Angerja_oigeusu_kogudus, lk 25
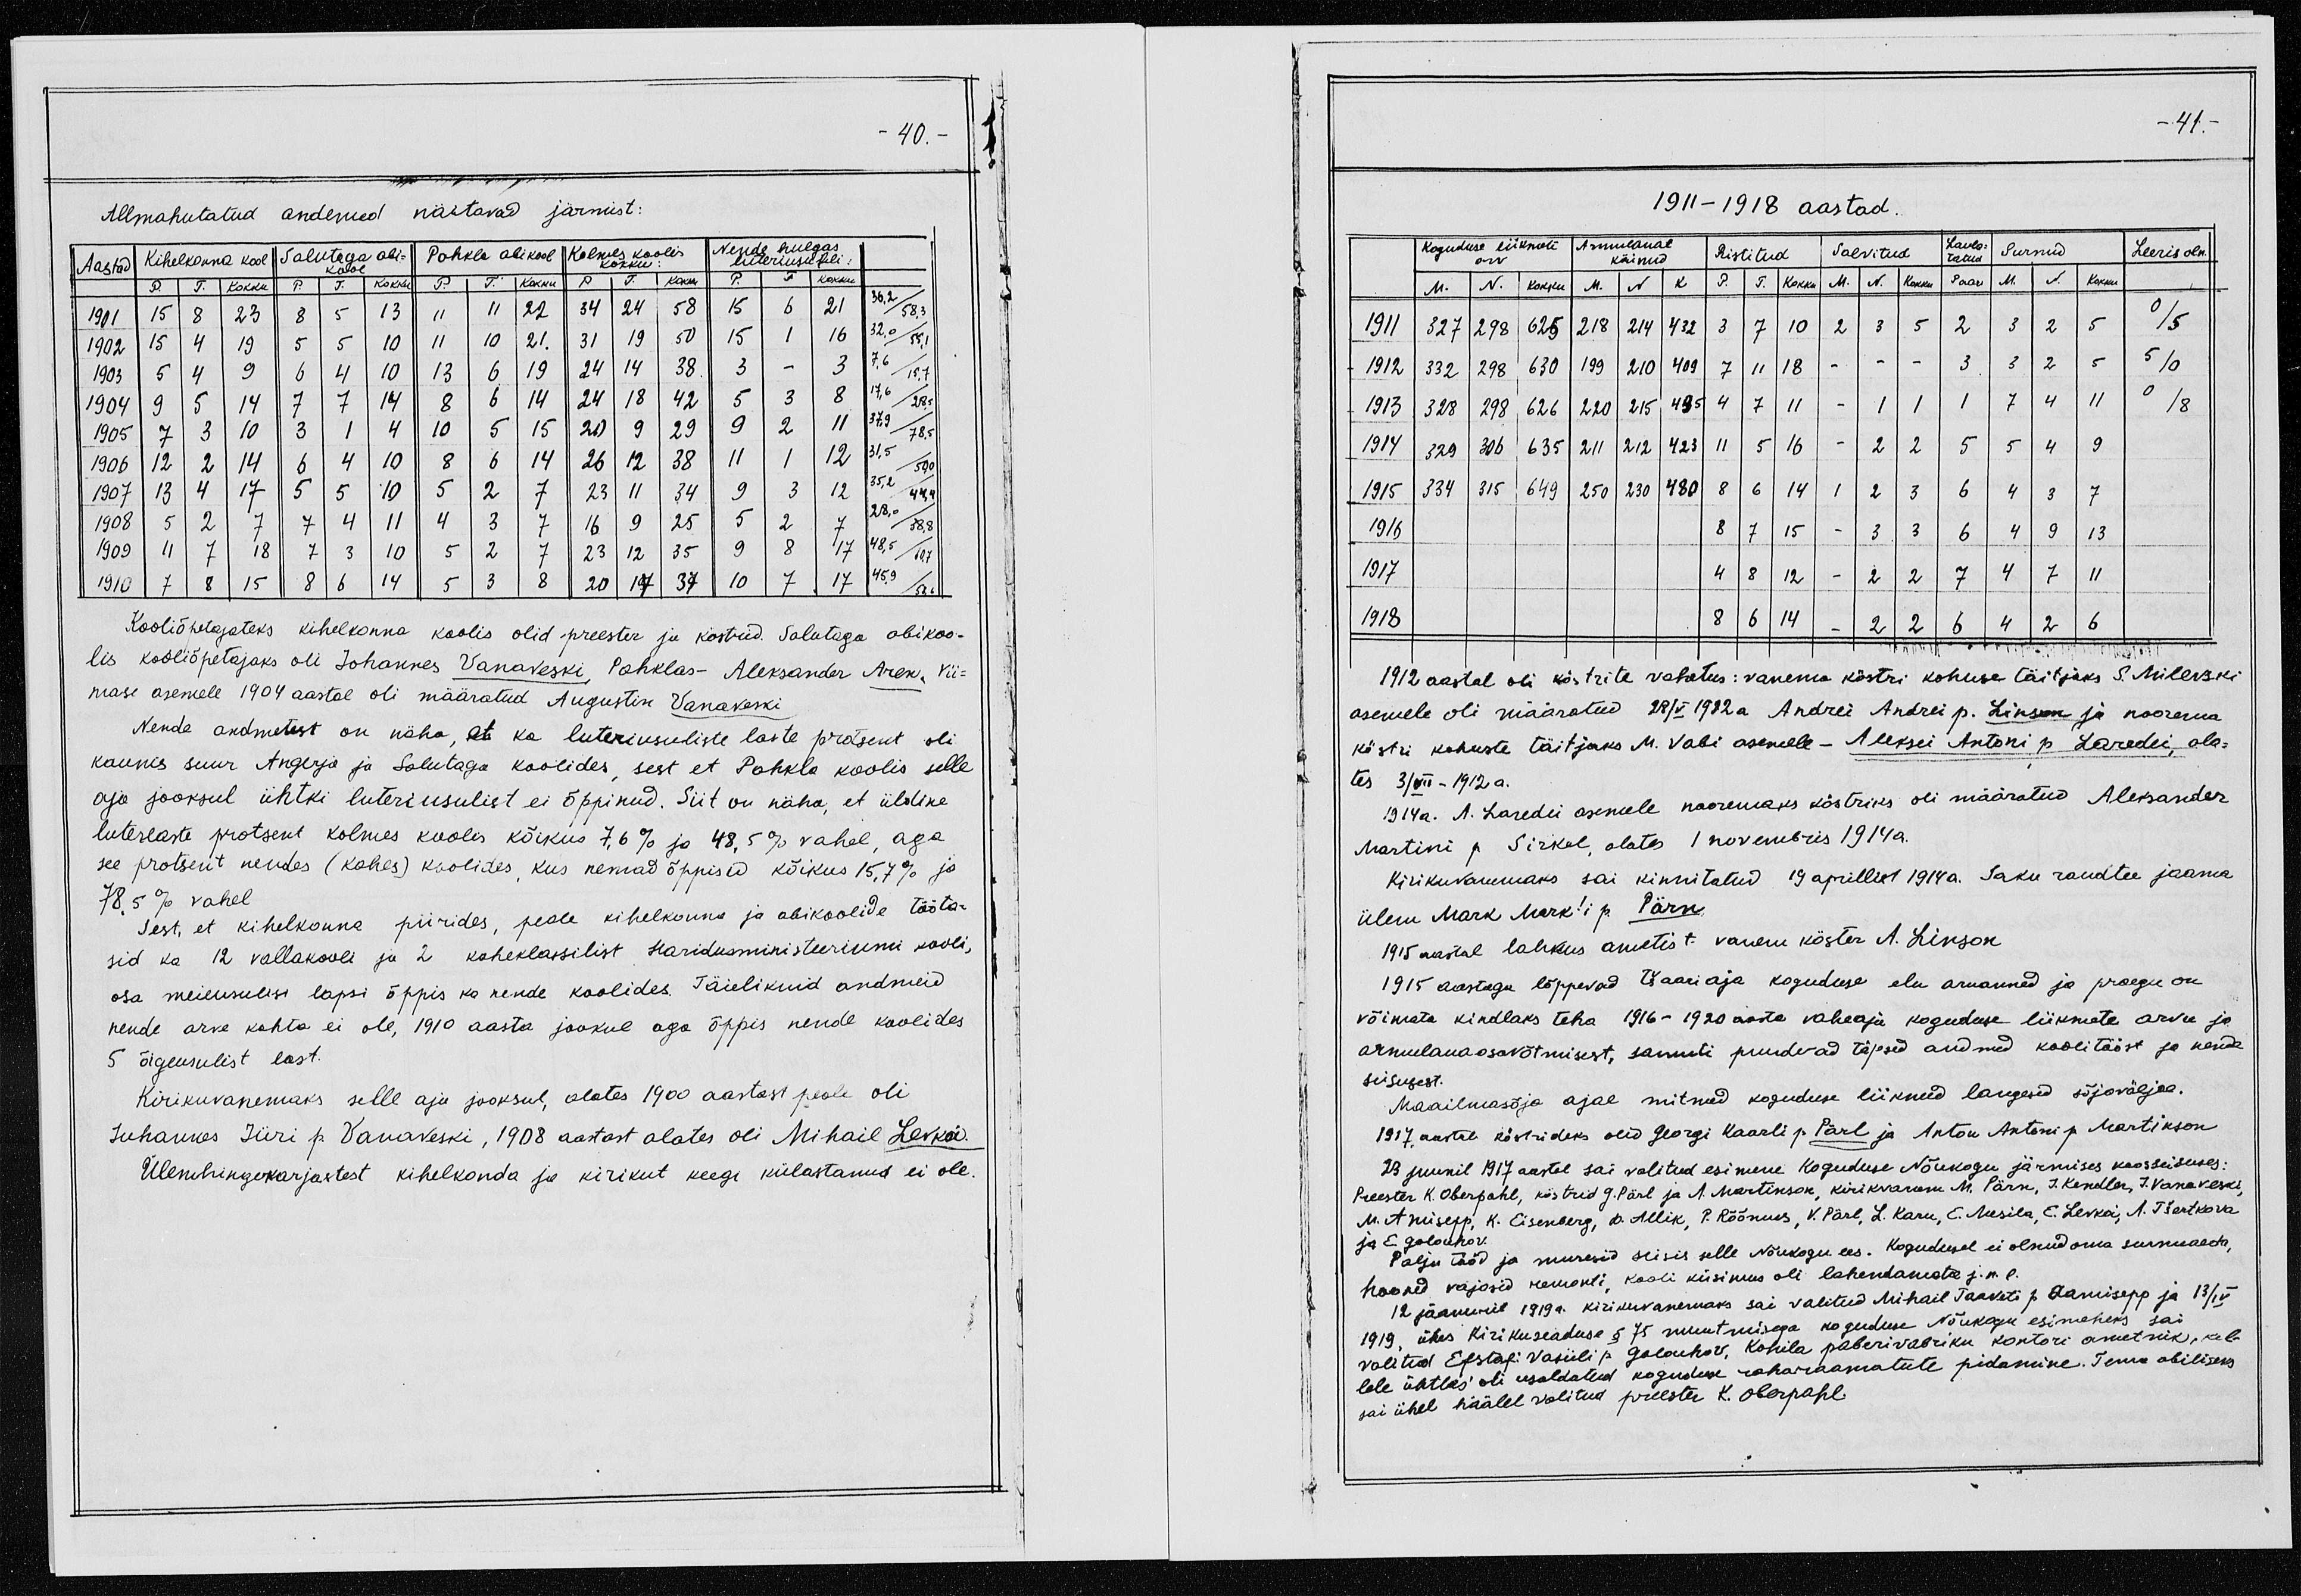
Kooliõpetajateks kihelkonna koolis olid preester ja köstrid. Salutaga abikoo- 
lis kooliõpetajaks oli Johannes Vanaveski, Pohklas- Aleksander Aren, Vii-
mase asemele 1904 aastal oli määratud Augustin Vanaveski
Nende andmetest on näha, et ka luteriusuliste laste protsent oli 
kaunis suur Angerja ja Salutaga koolides, sest et Pohkla koolis selle 
aja jooksul ühtki luteriusulist ei õppinud. Siit on näha, et üldine 
luterlaste protsent kolmes koolis kõikus 7,6% ja 48,5% vahel, aga
see protsent nendes (kahes) koolides, kus nemad õppisid kõikus 15,7% ja 
78,5% vahel 
Sest, et kihelkonna piirides, peale kihelkonna ja abikoolide tööta-
sid ka 12 vallakooli ja 2 kaheklassilist haridusministeeriumi kooli, 
osa meieusulisi lapsi õppis ka nende koolides. Täielikuid andmeid 
nende arve kohta ei ole, 1910 aasta jooksul aga õppis nende koolides
5 õigeusulist last. 
Kirikuvanemaks selle aja jooksul, alates 1900 aastast peale oli
Johannes Jüri p. Vanaveski, 1908 aastast alates oli Mihail Levkoi. 
Ülemhingekarjastest kihelkonda ja kirikut keegi külastanud ei ole.

1912 aastal oli köstrite vahetus: vanema köstri kohuse täitjaks S. Milevski 
asemele oli määratud 28/V 1912a Andrei Andrei p. Linson ja noorema 
köstri kohuste täitjaks M. Vabi asemele - Aleksei Antoni p. Laredei, ala-
tes 3/VII - 1912 a.
1914a. A. Laredei asemele nooremaks köstriks oli määratud Aleksander 
Martini p. Sirkel, alates 1 novemberis 1914a. 
Kirikuvanemaks sai kinnitatud 19 aprillist 1914a. Saku raudtee jaama 
ülem Mark Mark'i p. Pärn. 
1915 aastal lahkus ametist vanem köster A. Linson. 
1915 aastaga lõppevad tšaari aja koguduse elu aruanned ja praegu on 
võimata kindlaks teha 1916-1920 aasta vaheaja koguduse liikmete arvu ja 
armulaua osavõtmisest, samuti puuduvad täpsed andmed koolitööst ja nende 
seisusest. 
Maailmasõja ajal mitmed koguduse liikmed langesid sõjaväljal. 
1917. aastal köstrideks olid Georgi Kaarli p. Pärl ja Anton Antoni p. Martinson
23. juunil 1917 aastal sai valitud esimene Koguduse Nõukogu järgmises kooseisuses: 
Preester K. Oberpahl, köstrid G. Pärl ja A. Martinson, kirikvanem M. Pärn, J. Kendler, J. Vanaveski, 
M. Amisepp, K. Eisenberg, O. Allik, P. Rõõmus, V. Pärl, L. Karu, E. Mesila, E. Levkoi, A. Tšertkova
ja E. Golouhov. 
Palju tööd ja muresid seisis selle Nõukogu ees. Kogudusel ei olnud oma surnuaeda, 
hooned vajasid remonti, kooli küsimus oli lahendamata j.n.e. 
12 jaanuaril 1919a. kirikuvanemaks sai valitud Mihail Taaveti p. Aamisepp ja 13/IV 
1919, ühes kirikuseaduse  § 75 muutmisega koguduse Nõukogu esimeheks sai 
valitud Efstafi Vasiili p. Golouhov, Kohila paberivabriku kontori ametnik, kel-
lele ühtlasi oli usaldatud koguduse raharaamatute pidamine. Tema abiliseks 
sai ühel häälel valitud preester K. Oberpahl.